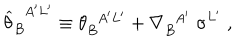
{ \widehat \theta } _ { B } ^ { \; \; A ^ { \prime } L ^ { \prime } } \equiv \theta _ { B } ^ { \; \; A ^ { \prime } L ^ { \prime } } + \nabla _ { B } ^ { \; \; A ^ { \prime } } \; \sigma ^ { L ^ { \prime } } \; ,